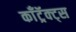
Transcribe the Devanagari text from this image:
काँट्रॅक्ट्स